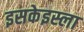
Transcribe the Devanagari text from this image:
इसकेइस्ला